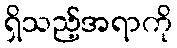
ရှိသည့်အရာကို